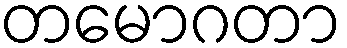
တမောဂတာ